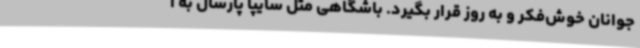
جوانان خوش‌فکر و به روز قرار بگیرد. باشگاهی مثل سایپا پارسال به ا